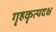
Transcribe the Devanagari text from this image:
गृहकृत्यदक्ष